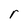
Character: r